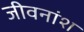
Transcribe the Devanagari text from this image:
जीवनांश